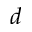
d